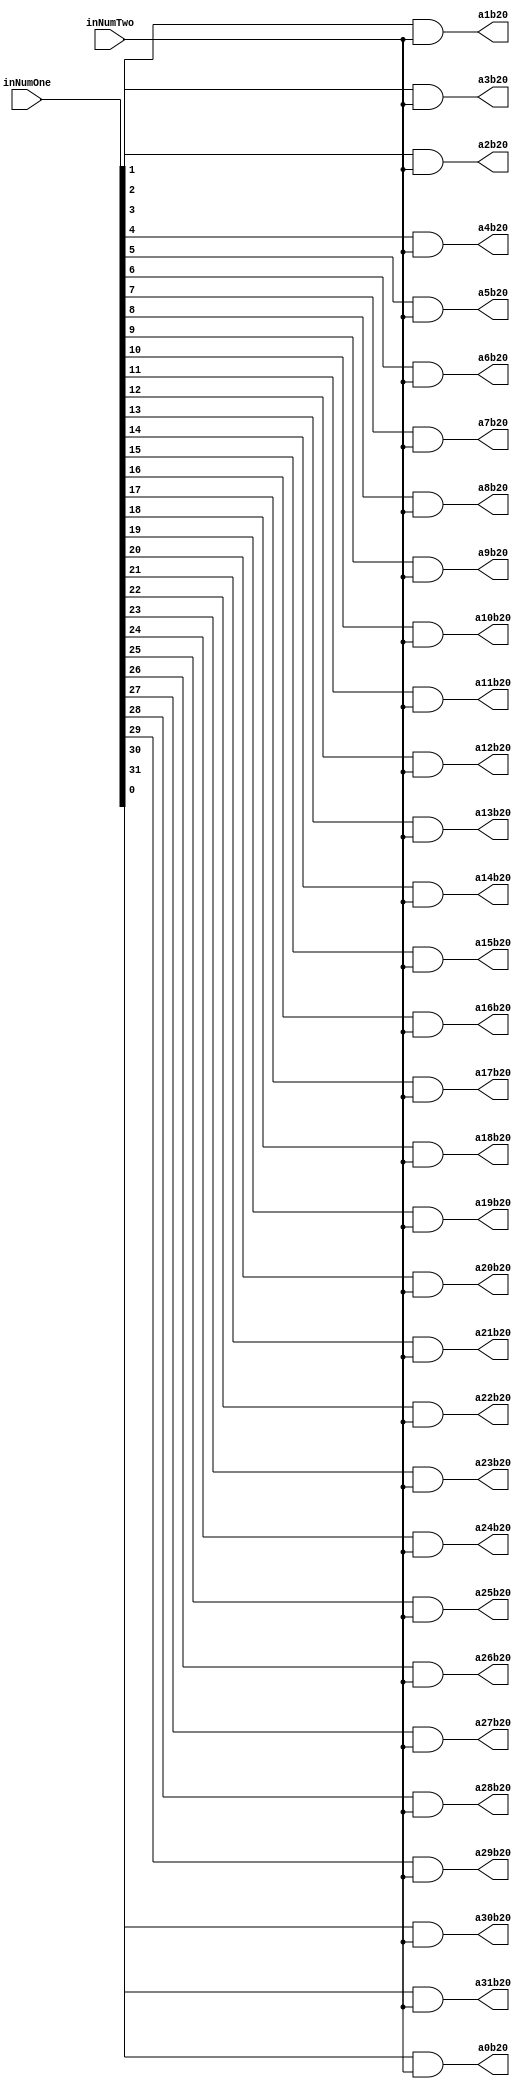
`timescale 1ns / 1ps

module PartialProductRow20(inNumOne,inNumTwo,a0b20,a1b20,a2b20,a3b20,a4b20,a5b20,a6b20,a7b20,a8b20,a9b20,a10b20,a11b20,a12b20,a13b20,a14b20,a15b20,a16b20,a17b20,a18b20,a19b20,a20b20,a21b20,a22b20,a23b20,a24b20,a25b20,a26b20,a27b20,a28b20,a29b20,a30b20,a31b20);
input [31:0] inNumOne;
input inNumTwo;
output reg a0b20,a1b20,a2b20,a3b20,a4b20,a5b20,a6b20,a7b20,a8b20,a9b20,a10b20,a11b20,a12b20,a13b20,a14b20,a15b20,a16b20,a17b20,a18b20,a19b20,a20b20,a21b20,a22b20,a23b20,a24b20,a25b20,a26b20,a27b20,a28b20,a29b20,a30b20,a31b20;

always@(inNumOne,inNumTwo)begin
	a0b20 <= inNumOne[0] & inNumTwo;
	a1b20 <= inNumOne[1] & inNumTwo;
	a2b20 <= inNumOne[2] & inNumTwo;
	a3b20 <= inNumOne[3] & inNumTwo;
	a4b20 <= inNumOne[4] & inNumTwo;
	a5b20 <= inNumOne[5] & inNumTwo;
	a6b20 <= inNumOne[6] & inNumTwo;
	a7b20 <= inNumOne[7] & inNumTwo;
	a8b20 <= inNumOne[8] & inNumTwo;
	a9b20 <= inNumOne[9] & inNumTwo;
	a10b20 <= inNumOne[10] & inNumTwo;
	a11b20 <= inNumOne[11] & inNumTwo;
	a12b20 <= inNumOne[12] & inNumTwo;
	a13b20 <= inNumOne[13] & inNumTwo;
	a14b20 <= inNumOne[14] & inNumTwo;
	a15b20 <= inNumOne[15] & inNumTwo;
	a16b20 <= inNumOne[16] & inNumTwo;
	a17b20 <= inNumOne[17] & inNumTwo;
	a18b20 <= inNumOne[18] & inNumTwo;
	a19b20 <= inNumOne[19] & inNumTwo;
	a20b20 <= inNumOne[20] & inNumTwo;
	a21b20 <= inNumOne[21] & inNumTwo;
	a22b20 <= inNumOne[22] & inNumTwo;
	a23b20 <= inNumOne[23] & inNumTwo;
	a24b20 <= inNumOne[24] & inNumTwo;
	a25b20 <= inNumOne[25] & inNumTwo;
	a26b20 <= inNumOne[26] & inNumTwo;
	a27b20 <= inNumOne[27] & inNumTwo;
	a28b20 <= inNumOne[28] & inNumTwo;
	a29b20 <= inNumOne[29] & inNumTwo;
	a30b20 <= inNumOne[30] & inNumTwo;
	a31b20 <= inNumOne[31] & inNumTwo;
end

endmodule